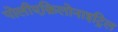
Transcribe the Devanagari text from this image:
पोलीएक्रिलोनाइट्रिल